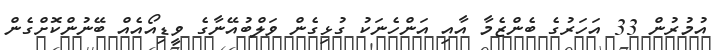
އުމުރުން 33 އަހަރުގެ ބެންޒެމާ އާއި އަންހެނަކު ގުޅިގެން ވަލްބުއޭނާގެ ވީޑިއޯއެއް ބޭނުންކޮށްގެން